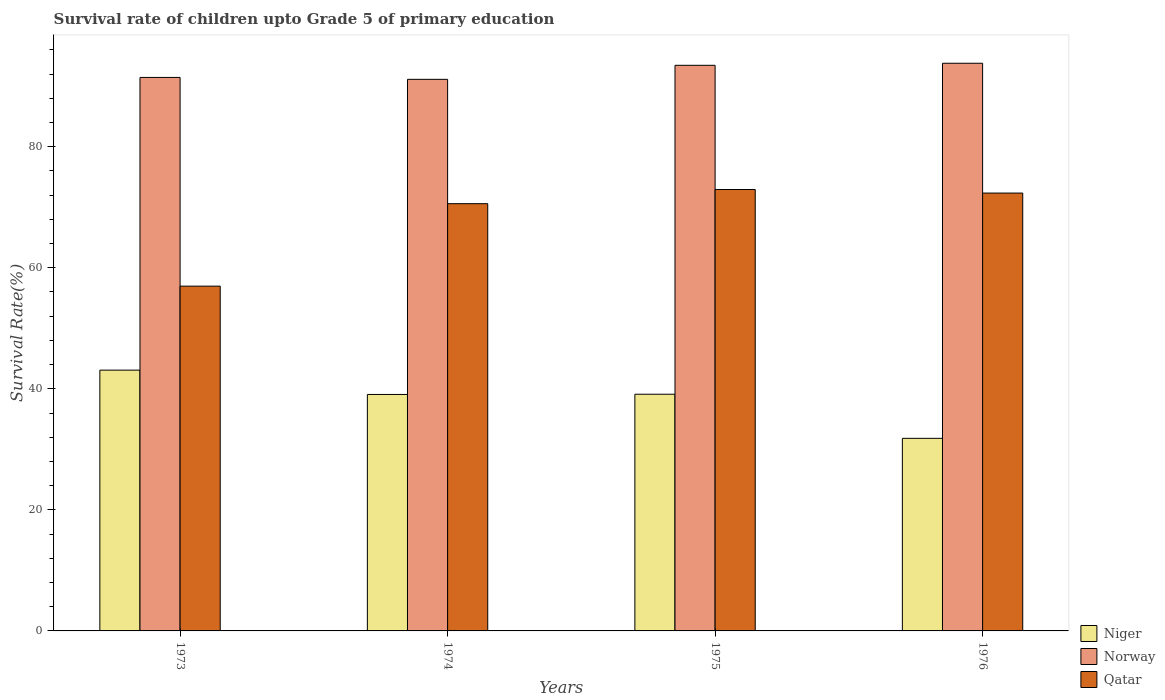
| Years | Niger | Norway | Qatar |
 | --- | --- | --- | --- |
 | 1973 | 43.1 | 91.4 | 57 |
 | 1974 | 39.1 | 91.1 | 70.6 |
 | 1975 | 39.1 | 93.4 | 72.9 |
 | 1976 | 31.8 | 93.8 | 72.3 |